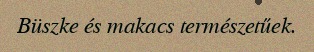
Büszke és makacs természetűek.